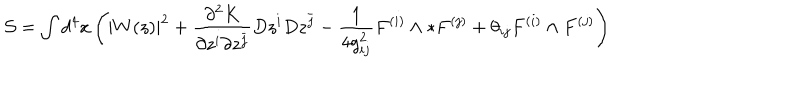
LaTeX: \mathcal { S } = \int d ^ { 4 } x \left( | W ( z ) | ^ { 2 } + \frac { \partial ^ { 2 } K } { \partial z ^ { i } \partial z ^ { \bar { j } } } D z ^ { i } D z ^ { \bar { j } } - \frac { 1 } { 4 g _ { i j } ^ { 2 } } F ^ { ( i ) } \wedge * F ^ { ( j ) } + \theta _ { i j } F ^ { ( i ) } \wedge F ^ { ( j ) } \right)